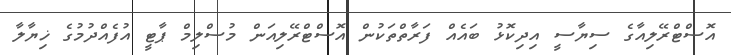
އޮސްޓްރޭލިއާގެ ސިޔާސީ އިދިިކޮޅު ބައެއް ފަރާތްތަކުން އޮސްޓްރޭލިއަން މުސްލިމް ޕާޓީ އުފެއްދުމުގެ ޚިޔާލާ